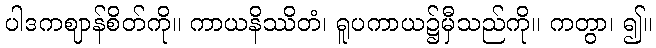
ပါဒကဈာန်စိတ်ကို။ ကာယနိဿိတံ၊ ရူပကာယ၌မှီသည်ကို။ ကတွာ၊ ၍။